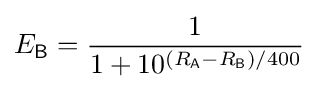
E_{\mathsf {B}}={\frac {1}{1+10^{(R_{\mathsf {A}}-R_{\mathsf {B}})/400}}}~